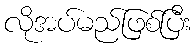
လိုအပ်မည်ဖြစ်ပြီး